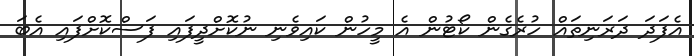
އެފަދަ ދަރަނިތައް ހުރެގެން ކޯޓުން އެ މީހުން ކައިވެނި ނުކޮށްދީފައި ފަސްކޮށްފައި އެބަ